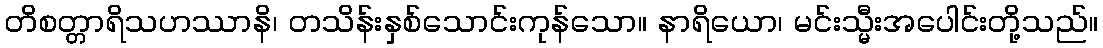
တိစတ္တာရိသဟဿာနိ၊ တသိန်းနှစ်သောင်းကုန်သော။ နာရိယော၊ မင်းသ္မီးအပေါင်းတို့သည်။